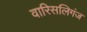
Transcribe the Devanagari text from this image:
वारिसलिगंज